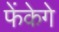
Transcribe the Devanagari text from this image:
फेंकेगे